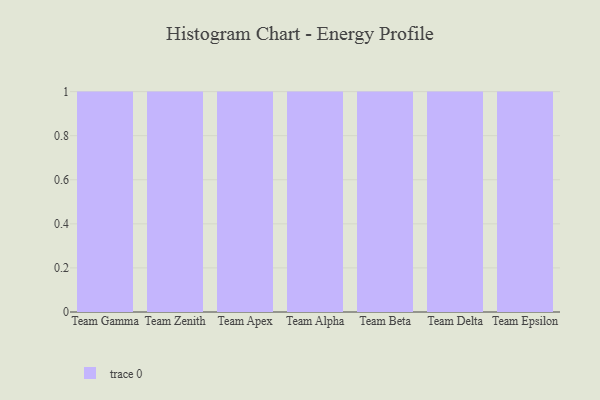
{"axis": {"x": "Team", "y": "Gross Profit (USD K)"}, "legend": [""], "data": [{"x": "Team Gamma", "y": 27, "type": ""}, {"x": "Team Zenith", "y": 16, "type": ""}, {"x": "Team Apex", "y": 91, "type": ""}, {"x": "Team Alpha", "y": 100, "type": ""}, {"x": "Team Beta", "y": 28, "type": ""}, {"x": "Team Delta", "y": 74, "type": ""}, {"x": "Team Epsilon", "y": 13, "type": ""}]}